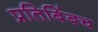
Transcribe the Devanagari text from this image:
प्रतिबिंबच